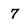
Character: 7